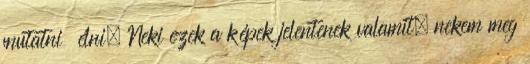
mutatni élni. Neki ezek a képek jelentenek valamit, nekem meg